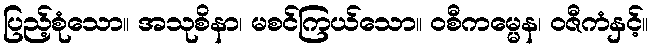
ပြည့်စုံသော။ အသုစိနာ၊ မစင်ကြယ်သော။ ဝစီကမ္မေန၊ ဝဇီကံနှင့်။